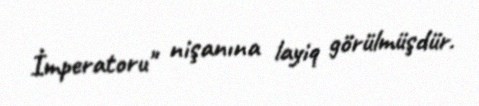
İmperatoru" nişanına layiq görülmüşdür.